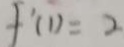
f ^ { \prime } ( 1 ) = 2